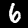
Label: 6